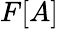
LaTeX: F[A]